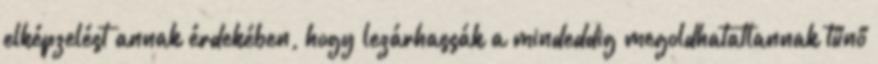
elképzelést annak érdekében, hogy lezárhassák a mindeddig megoldhatatlannak tűnő